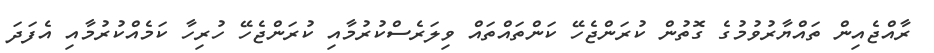
ރާއްޖެއިން ތައްޔާރުވުމުގެ ގޮތުން ކުރަންޖެހޭ ކަންތައްތައް ވިލަރެސްކުރުމާއި ކުރަންޖެހޭ ހުރިހާ ކަމެއްކުރުމާއި އެފަދަ